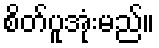
စိတ်ပူအုံးမည်။